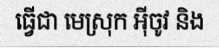
ធ្វើជា មេស្រុក អ៊ីចូវ និង